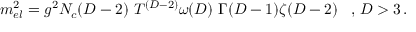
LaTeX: m _ { e l } ^ { 2 } = g ^ { 2 } N _ { c } ( D - 2 ) \ T ^ { ( D - 2 ) } \omega ( D ) \ \Gamma ( D - 1 ) \zeta ( D - 2 ) \; \; \; , \, D > 3 \, .